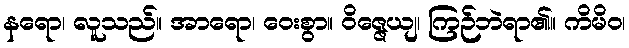
နရော၊ လူသည်။ အာရော၊ ဝေးစွာ။ ဝိဇ္ဇေယျ၊ ကြဉ်ဘဲရာ၏။ ကိမိဝ၊